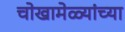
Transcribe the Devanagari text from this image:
चोखामेळ्यांच्या